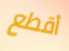
أقطع